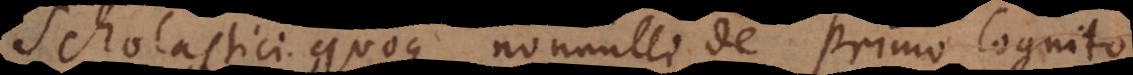
Scholastici quoque nonnulli de Primo Cognito